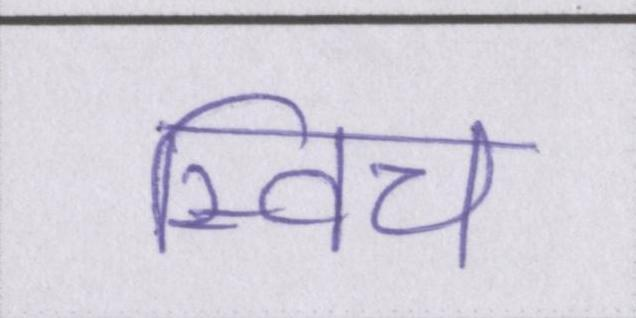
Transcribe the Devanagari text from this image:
स्विच